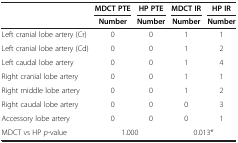
<table><thead><tr><td rowspan="2">[EMPTY_CELL]</td><td><b>MDCT PTE</b></td><td><b>HP PTE</b></td><td><b>MDCT IR</b></td><td><b>HP IR</b></td></tr><tr><td><b>Number</b></td><td><b>Number</b></td><td><b>Number</b></td><td><b>Number</b></td></tr></thead><tbody><tr><td>Left cranial lobe artery (Cr)</td><td>0</td><td>0</td><td>1</td><td>1</td></tr><tr><td>Left cranial lobe artery (Cd)</td><td>0</td><td>0</td><td>1</td><td>2</td></tr><tr><td>Left caudal lobe artery</td><td>0</td><td>0</td><td>1</td><td>4</td></tr><tr><td>Right cranial lobe artery</td><td>0</td><td>0</td><td>1</td><td>1</td></tr><tr><td>Right middle lobe artery</td><td>0</td><td>0</td><td>1</td><td>2</td></tr><tr><td>Right caudal lobe artery</td><td>0</td><td>0</td><td>0</td><td>3</td></tr><tr><td>Accessory lobe artery</td><td>0</td><td>0</td><td>0</td><td>1</td></tr><tr><td>MDCT vs HP <i>p</i>-value</td><td colspan="2">1.000</td><td colspan="2">0.013*</td></tr></tbody></table>